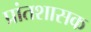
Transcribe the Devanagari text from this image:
प्रांतशासक